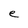
Character: e